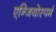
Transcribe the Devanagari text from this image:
एन्जियोस्पर्म